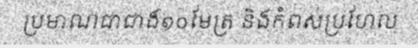
ប្រមាណជាជាង១០មែត្រ និងកំពស់ប្រហែល